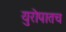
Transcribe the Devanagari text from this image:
युरोपातच